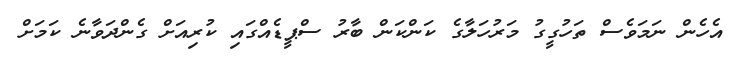
އެހެން ނަމަވެސް ތަހުގީގު މަރުހަލާގެ ކަންކަން ބާރު ސްޕީޑެއްގައި ކުރިއަށް ގެންދަވާނެ ކަމަށް